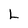
Character: L